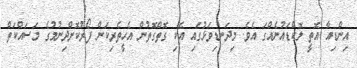
އިންޑިއާ އޮތީ ލޮކްޑައުނެއްގަ އެވެ. މިދަނޑިވަޅުގައި އެކި ގޮތްގޮތުން އެހީތެރިކަން ފޯރުކޮށްދިނުމުގެ މަސައްކަތް